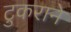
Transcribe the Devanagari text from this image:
टुकराने